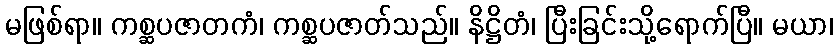
မဖြစ်ရာ။ ကစ္ဆပဇာတကံ၊ ကစ္ဆပဇာတ်သည်။ နိဋ္ဌိတံ၊ ပြီးခြင်းသို့ရောက်ပြီ။ မယာ၊